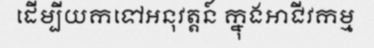
ដើម្បីយកទៅអនុវត្តន៍ ក្នុងអាជីវកម្ម